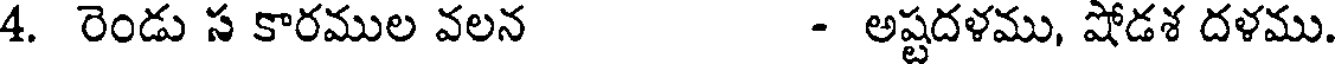
4. రెండు స కారముల వలన - అష్టదళము, షోడశ దళము.